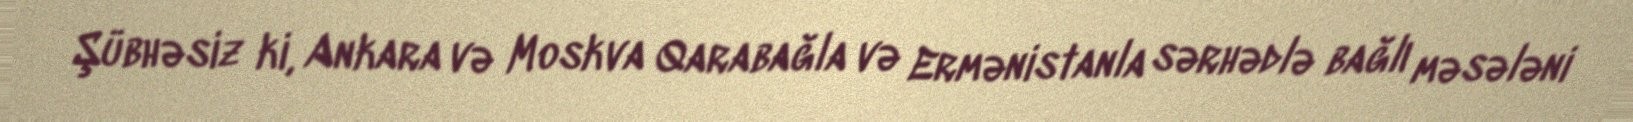
Şübhəsiz ki, Ankara və Moskva Qarabağla və Ermənistanla sərhədlə bağlı məsələni